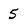
Character: 5